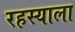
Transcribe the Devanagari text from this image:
रहस्याला